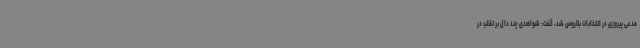
مدعی پیروزی در انتخابات بلاروس شد، گفت: شواهدی چند دال بر تقلب در